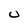
Character: U